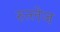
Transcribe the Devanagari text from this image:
रुत्लेज